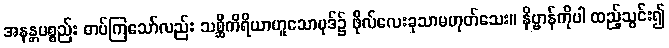
အနန္တပစ္စည်း တပ်ကြသော်လည်း သစ္ဆိကိရိယာဟူသောပုဒ်၌ ဖိုလ်လေးခုသာမဟုတ်သေး။ နိဗ္ဗာန်ကိုပါ ထည့်သွင်း၍